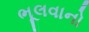
ભૂલવાનો